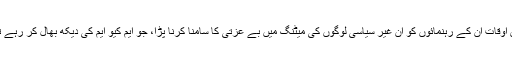
بعض اوقات ان کے رہنمائوں کو ان غیر سیاسی لوگوں کی میٹنگ میں بے عزتی کا سامنا کرنا پڑا، جو ایم کیو ایم کی دیکھ بھال کر رہے تھے۔